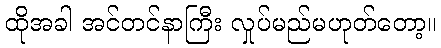
ထိုအခါ အင်တင်နာကြီး လှုပ်မည်မဟုတ်တော့။